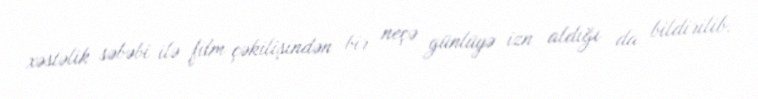
xəstəlik səbəbi ilə film çəkilişindən bir neçə günlüyə izn aldığı da bildirilib.